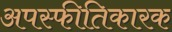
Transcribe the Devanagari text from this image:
अपस्फीतिकारक